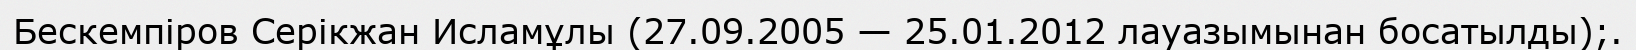
Бескемпіров Серікжан Исламұлы (27.09.2005 — 25.01.2012 лауазымынан босатылды);.